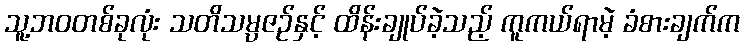
သူ့ဘဝတစ်ခုလုံး သတိသမ္ပဇဉ်နှင့် ထိန်းချုပ်ခဲ့သည့် ကူကယ်ရာမဲ့ ခံစားချက်က